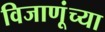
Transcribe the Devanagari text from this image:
विजाणूंच्या